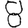
Digit: 8